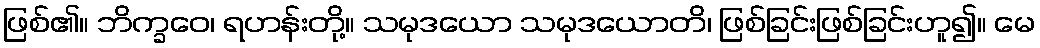
ဖြစ်၏။ ဘိက္ခဝေ၊ ရဟန်းတို့။ သမုဒယော သမုဒယောတိ၊ ဖြစ်ခြင်းဖြစ်ခြင်းဟူ၍။ မေ